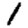
Digit: 1